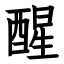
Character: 醒